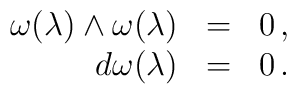
\begin{array}{rcl}\omega(\lambda)\wedge\omega(\lambda) & = & 0 \,, \\d \omega(\lambda) & = & 0 \,.\end{array}